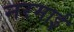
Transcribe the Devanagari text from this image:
नरमाई